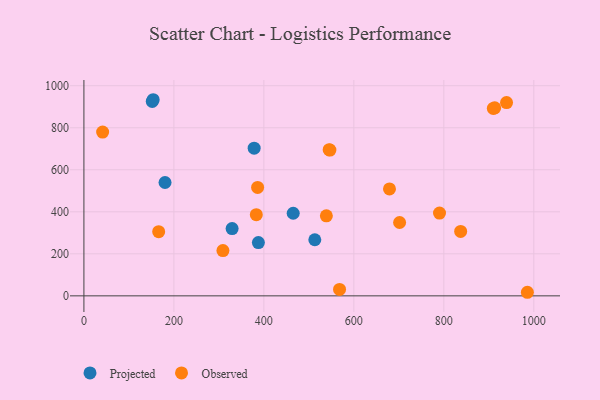
{"axis": {"x": "Investment", "y": "Fuel Efficiency"}, "legend": ["Observed", "Projected"], "data": [{"x": "465.2", "y": 393.1, "type": "Projected"}, {"x": "180.3", "y": 539.4, "type": "Projected"}, {"x": "151.9", "y": 925.2, "type": "Projected"}, {"x": "154.0", "y": 933.4, "type": "Projected"}, {"x": "387.8", "y": 253.7, "type": "Projected"}, {"x": "513.2", "y": 266.9, "type": "Projected"}, {"x": "378.4", "y": 702.9, "type": "Projected"}, {"x": "329.4", "y": 320.4, "type": "Projected"}, {"x": "383.2", "y": 386.3, "type": "Observed"}, {"x": "837.4", "y": 306.7, "type": "Observed"}, {"x": "939.4", "y": 920.0, "type": "Observed"}, {"x": "545.1", "y": 695.9, "type": "Observed"}, {"x": "910.0", "y": 892.1, "type": "Observed"}, {"x": "41.6", "y": 779.6, "type": "Observed"}, {"x": "679.2", "y": 509.1, "type": "Observed"}, {"x": "538.9", "y": 381.0, "type": "Observed"}, {"x": "913.1", "y": 894.9, "type": "Observed"}, {"x": "701.7", "y": 349.1, "type": "Observed"}, {"x": "568.2", "y": 30.4, "type": "Observed"}, {"x": "985.7", "y": 17.0, "type": "Observed"}, {"x": "790.4", "y": 393.9, "type": "Observed"}, {"x": "386.1", "y": 515.8, "type": "Observed"}, {"x": "166.2", "y": 305.6, "type": "Observed"}, {"x": "546.8", "y": 693.6, "type": "Observed"}, {"x": "309.0", "y": 215.4, "type": "Observed"}]}